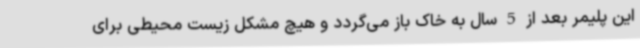
این پلیمر بعد از 5 سال به خاک باز می‌گردد و هیچ مشکل زیست محیطی برای